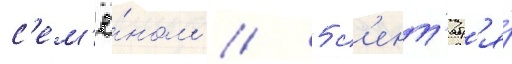
с'ем'ё́ном // 5 с'ент'ябр'я́